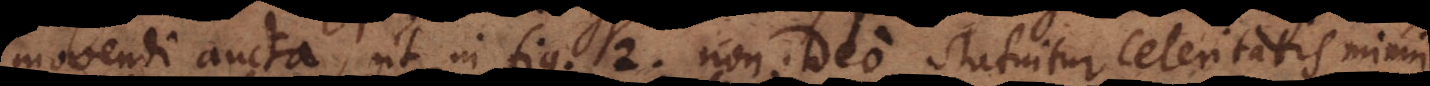
movendi aucta, ut in fig. 2. non ideo statuitur celeritatis minui;